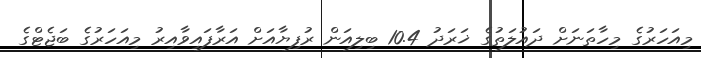
މިއަހަރުގެ މިހާތަނަށް ދައުލަތުގެ ޚަރަދު 10.4 ބިލިއަން ރުފިޔާއަށް އަރާފައިވާއިރު މިއަހަރުގެ ބަޖެޓްގެ